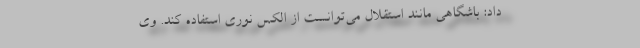
داد: باشگاهی مانند استقلال می‌توانست از الکس نوری استفاده کند. وی